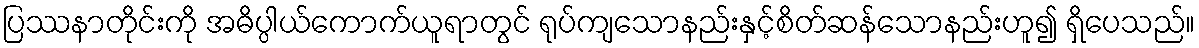
ပြဿနာတိုင်းကို အဓိပ္ပါယ်ကောက်ယူရာတွင် ရုပ်ကျသောနည်းနှင့်စိတ်ဆန်သောနည်းဟူ၍ ရှိပေသည်။